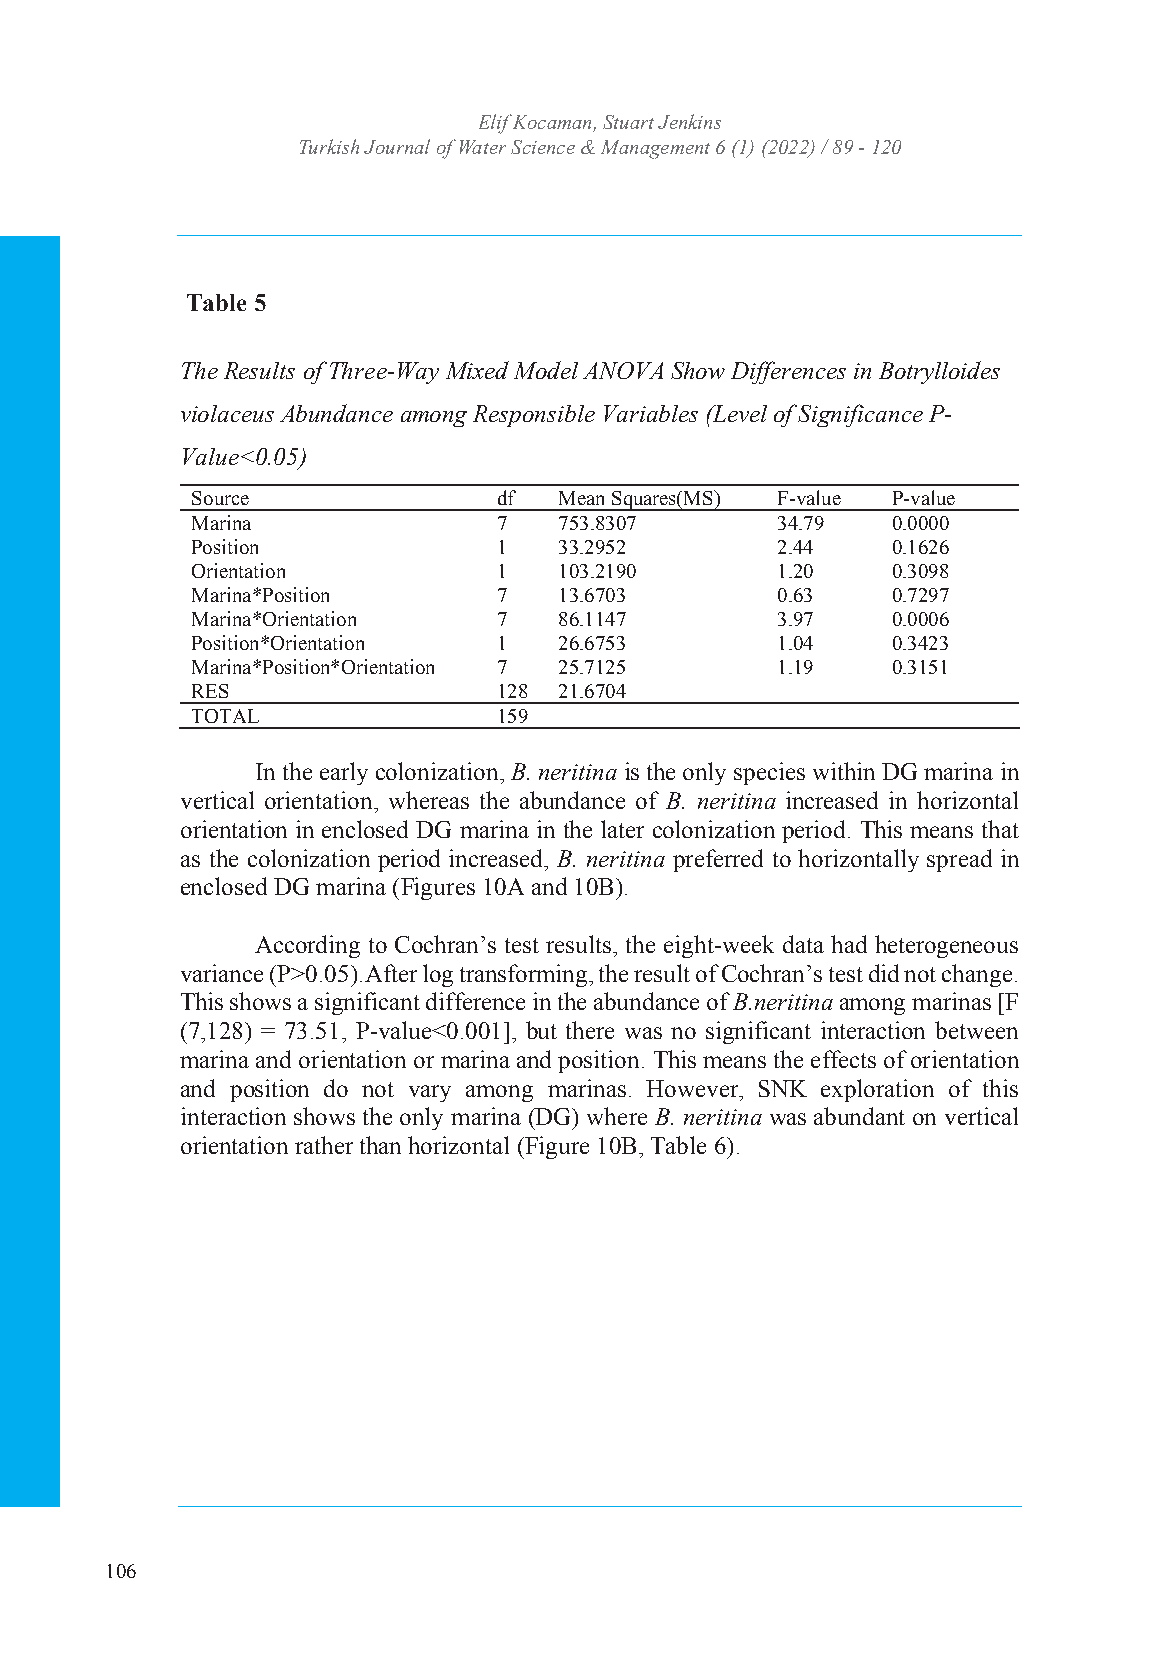
Turkish JoEulrinf aKl oocf aWmaatne,r SStcuiaerntc Jee &nk Minsanagement
 Turkish Journal of WIaStSeNr: S2c53ie6n 4c7e4 X& / eM-IaSSnNa:g 2e5m64e-n7t3 364 (1) (2022) / 89 - 120
 Volume: 6 Issue: 1 Year: 2022
 Table 5
 The Results of Three-Way Mixed Model ANOVA Show Differences in Botrylloides
 violaceus Abundance among Responsible Variables (Level of Significance P-
 Value<0.05)
 Source              df  Mean Squares(MS) F-value P-value
 Marina              7   753.8307      34.79   0.0000
 Position            1   33.2952       2.44    0.1626
 Orientation         1   103.2190      1.20    0.3098
 Marina*Position     7   13.6703       0.63    0.7297
 Marina*Orientation  7   86.1147       3.97    0.0006
 Position*Orientation 1  26.6753       1.04    0.3423
 Marina*Position*Orientation 7 25.7125 1.19    0.3151
 RES                 128 21.6704
 TOTAL               159
 In the early colonization, B. neritina is the only species within DG marina in
 vertical orientation, whereas the abundance of B. neritina increased in horizontal
 orientation in enclosed DG marina in the later colonization period. This means that
 as the colonization period increased, B. neritina preferred to horizontally spread in
 enclosed DG marina (Figures 10A and 10B).
 According to Cochran’s test results, the eight-week data had heterogeneous
 variance (P>0.05).After log transforming, the result of Cochran’s test did not change.
 This shows a significant difference in the abundance of B.neritina among marinas [F
 (7,128) = 73.51, P-value<0.001], but there was no significant interaction between
 marina and orientation or marina and position. This means the effects of orientation
 and position do not vary among marinas. However, SNK exploration of this
 interaction shows the only marina (DG) where B. neritina was abundant on vertical
 orientation rather than horizontal (Figure 10B, Table 6).
 106
 18